Lunatic asylums in Bengal annual reports 1912-1924 - 1912-1924
Year: 1912
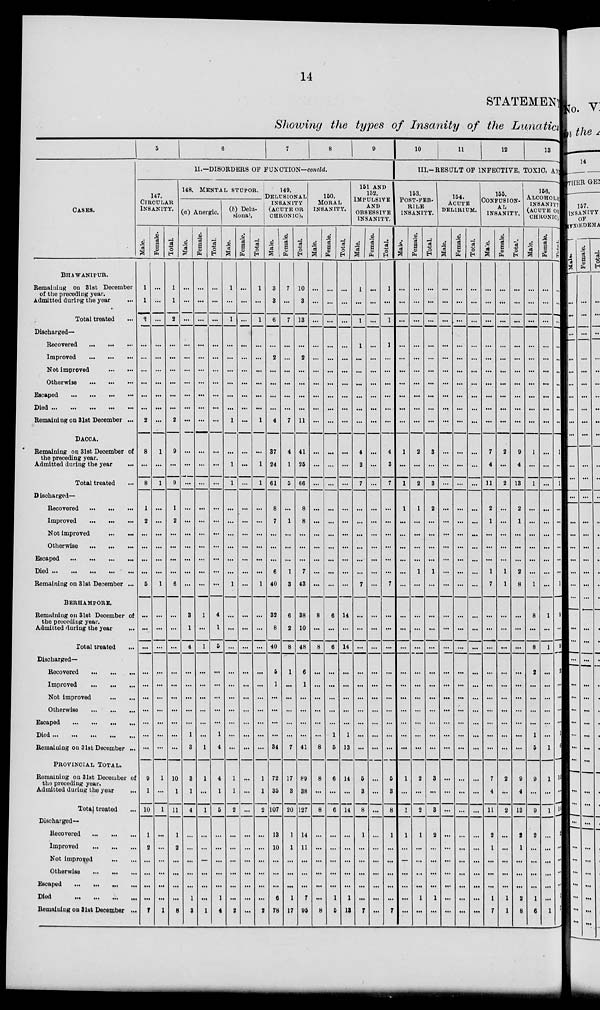
14
STATEMENT
Showing the types of Insanity of the Lunatics
CASES.
BHAWANIPUR.
Remaining on 31st December
of the preceding year.
Admitted during the year ...
Total treated ...
Discharged—
Recovered
...
...
...
Improved
...
...
...
Not improved
...
...
Otherwise
...
...
...
Escaped
...
...
...
...
Died
...
...
...
...
...
Remaining on 31st December ...
DACCA.
Remaining on 31st December of
the preceding year.
Admitted during the year ...
Total treated ...
Discharged—
Recovered
...
...
...
Improved
...
...
...
Not improved
...
...
Otherwise
...
...
...
Escaped
...
...
...
...
Died
...
...
...
...
...
Remaining on 31st December ...
BERHAMPORE.
Remaining on 31st December of
the preceding year.
Admitted during the year
...
Total treated ...
Discharged—
Recovered
...
...
...
Improved
...
...
...
Not improved
...
...
Otherwise ... ... ...
Escaped
...
...
...
...
Died
...
...
...
...
...
Remaining on 31st December ...
PROVINCIAL TOTAL.
Remaining on 31st December of
the preceding year.
Admitted during the year ...
Total treated ...
Discharged—
Recovered
...
...
...
Improved
...
...
...
Not improved
...
...
Otherwise
...
...
...
Escaped ... ... ... ...
Died
...
...
...
...
Remaining on 31st December ...
5
6
7
8
9
11.—DISORDERS OF FUNCTION—coneld.
147.
ClRCULAR
INSANITY.
Male.
1
1
2
...
...
...
...
...
...
2
8
...
8
1
2
...
...
...
...
5
...
...
...
...
...
...
...
...
...
...
9
1
10
1
2
...
...
...
...
7
Female.
...
...
...
...
...
...
...
...
...
...
1
...
1
...
...
...
...
...
...
1
...
...
...
...
...
...
...
...
...
...
1
...
1
...
...
...
...
...
...
1
Total.
1
1
2
...
...
...
...
...
...
2
9
...
9
1
2
...
...
...
...
6
...
...
...
...
...
...
...
...
...
...
10
1
11
1
2
...
...
...
...
8
148. MENTAL STUPOR.
(a) Anergic.
Male.
...
...
...
...
...
...
...
...
...
...
...
...
...
...
...
...
...
...
...
...
3
1
4
...
...
...
...
...
1
3
3
1
4
...
...
...
...
...
1
3
Female.
...
...
...
...
...
...
...
...
...
...
...
...
...
...
...
...
...
...
...
...
1
...
1
...
...
...
...
...
...
1
1
...
1
...
...
...
...
...
...
1
Total.
...
...
...
...
...
...
...
...
...
...
...
...
...
...
...
...
...
...
...
...
4
1
5
...
...
...
...
...
1
4
4
1
5
...
...
...
...
...
1
4
(b) Delu-
sional.
Male.
1
...
1
...
...
...
...
...
...
1
...
1
1
...
...
...
...
...
...
1
...
...
...
...
...
...
...
...
...
...
1
1
2
...
...
...
...
...
...
2
Female.
...
...
...
...
...
...
...
...
...
...
...
...
...
...
...
...
...
...
...
...
...
...
...
...
...
...
...
...
...
...
...
...
...
...
...
...
...
...
...
...
Total.
1
...
1
...
...
...
...
...
...
1
...
1
1
...
...
...
...
...
...
1
...
...
...
...
...
...
...
...
...
...
1
1
2
...
...
...
...
...
...
2
149.
DELUSIONAL
INSANITY
(ACUTE OR
CHRONIC),
Male.
3
3
6
...
2
...
...
...
...
4
37
24
61
8
7
...
...
...
6
40
32
8
40
5
1
...
...
...
...
34
72
35
107
13
10
...
...
...
6
78
Female.
7
...
7
...
...
...
...
...
...
7
4
1
5
...
1
...
...
...
1
3
6
2
8
1
...
...
...
...
...
7
17
3
20
1
1
...
...
...
1
17
Total.
10
3
13
...
2
...
...
...
...
11
41
25
66
8
8
...
...
...
7
43
38
10
48
6
1
...
...
...
...
41
89
38
127
14
11
...
...
...
7
95
150.
MORAL
INSANITY.
Male.
...
...
...
...
...
...
...
...
...
...
...
...
...
...
...
...
...
...
...
...
8
...
8
...
...
...
...
...
...
8
8
...
8
...
...
...
...
...
...
8
Female.
...
...
...
...
...
...
...
...
...
...
...
...
...
...
...
...
...
...
...
...
6
...
6
...
...
...
...
...
1
5
6
...
6
...
...
...
...
...
1
5
Total
...
...
...
...
...
...
...
...
...
...
...
...
...
...
...
...
...
...
...
...
14
...
14
...
...
...
...
...
1
13
14
...
14
...
...
...
...
...
1
13
151 AND
152.
IMPULSIVE
AND
OBSESSIVE
INSANITY.
Male.
1
...
1
1
...
...
...
...
...
...
4
3
7
...
...
...
...
...
...
7
...
...
...
...
...
...
...
...
...
...
5
3
8
1
...
...
...
...
...
7
Female.
...
...
...
...
...
...
...
...
...
...
...
...
...
...
...
...
...
...
...
...
...
...
...
...
...
...
...
...
...
...
...
...
...
...
...
...
...
...
...
...
Total.
1
...
1
1
...
...
...
...
...
...
4
3
7
...
...
...
...
...
...
7
...
...
...
...
...
...
...
...
...
...
5
3
8
1
...
...
...
...
...
7
10
11
12
13
III.-RESULT OF INFECTIVE, TOXIC, AX|
153.
POST-FEB-
RILE
INSANITY.
Male.
...
...
...
...
...
...
...
...
...
...
1
...
1
1
...
...
...
...
...
...
...
...
...
...
...
...
...
...
...
...
1
...
1
1
...
...
...
...
...
...
Female.
...
...
...
...
...
...
...
...
...
...
2
...
2
1
...
...
...
...
1
...
...
...
...
...
...
...
...
...
...
...
2
...
2
1
...
...
...
...
1
...
Total.
...
...
...
...
...
...
...
...
...
...
3
...
3
2
...
...
...
...
1
...
...
...
...
...
...
...
...
...
...
...
3
...
3
2
...
...
...
...
1
...
154.
ACUTE
DELIRIUM.
Male.
...
...
...
...
...
...
...
...
...
...
...
...
...
...
...
...
...
...
...
...
...
...
...
...
...
...
...
...
...
...
...
...
...
...
...
...
...
...
...
...
Female.
...
...
...
...
...
...
...
...
...
...
...
...
...
...
...
...
...
...
...
...
...
...
...
...
...
...
...
...
...
...
...
...
...
...
...
...
...
...
...
...
Total.
...
...
...
...
...
...
...
...
...
...
...
...
...
...
...
...
...
...
...
...
...
...
...
...
...
...
...
...
...
...
...
...
...
...
...
...
...
...
...
...
155.
CONFUSION-
AL
INSANITY.
Male.
...
...
...
...
...
...
...
...
...
...
7
4
11
2
1
...
...
...
1
7
...
...
...
...
...
...
...
...
...
...
7
4
11
2
1
...
...
...
1
7
Female.
...
...
...
...
...
...
...
...
...
...
2
...
2
...
...
...
...
...
1
1
...
...
...
...
...
...
...
...
...
...
2
...
2
...
...
...
...
...
1
1
Total.
...
...
...
...
...
...
...
...
...
...
9
4
13
2
1
...
...
...
2
8
...
...
...
...
...
...
...
...
...
...
9
4
13
2
1
...
...
...
2
8
156.
ALCOHOLIC
INSANITY
(ACUTE OR
CHRONIC),
Male.
...
...
...
...
...
...
...
...
...
...
1
...
1
...
...
...
...
...
...
1
8
...
8
2
...
...
...
...
1
5
9
...
9
2
...
...
...
...
1
6
Female.
...
...
...
...
...
...
...
...
...
...
...
...
...
...
...
...
...
...
...
...
1
...
1
...
...
...
...
...
...
1
1
...
1
...
...
...
...
...
...
1
Total.
...
...
...
...
...
...
...
...
...
...
1
...
1
...
...
...
...
...
...
1
9
...
9
2
...
...
...
...
1
6
10
...
10
2
...
...
...
...
1
7